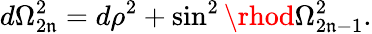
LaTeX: d\Omega_{2\mathfrak{n}}^{2}=d\rho^{2}+\sin^{2}\rhod\Omega_{2\mathfrak{n}-1}^{2}.